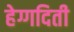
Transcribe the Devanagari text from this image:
हेग्गदिती